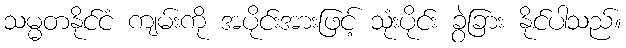
သမ္မတနိုင်ငံ ကျမ်းကို အပိုင်းအားဖြင့် သုံးပိုင်း ခွဲခြား နိုင်ပါသည်။